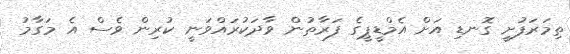
ތިމަރަފުށީ ގޮނޑި އަށް އެމްޑީޕީގެ ފަރާތުން ވާދަކުރައްވަނީ ކުރިން ވެސް އެ މަގާމު